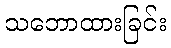
သဘောထားခြင်း